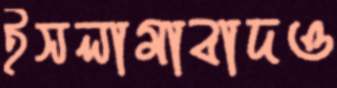
ইসলামাবাদও